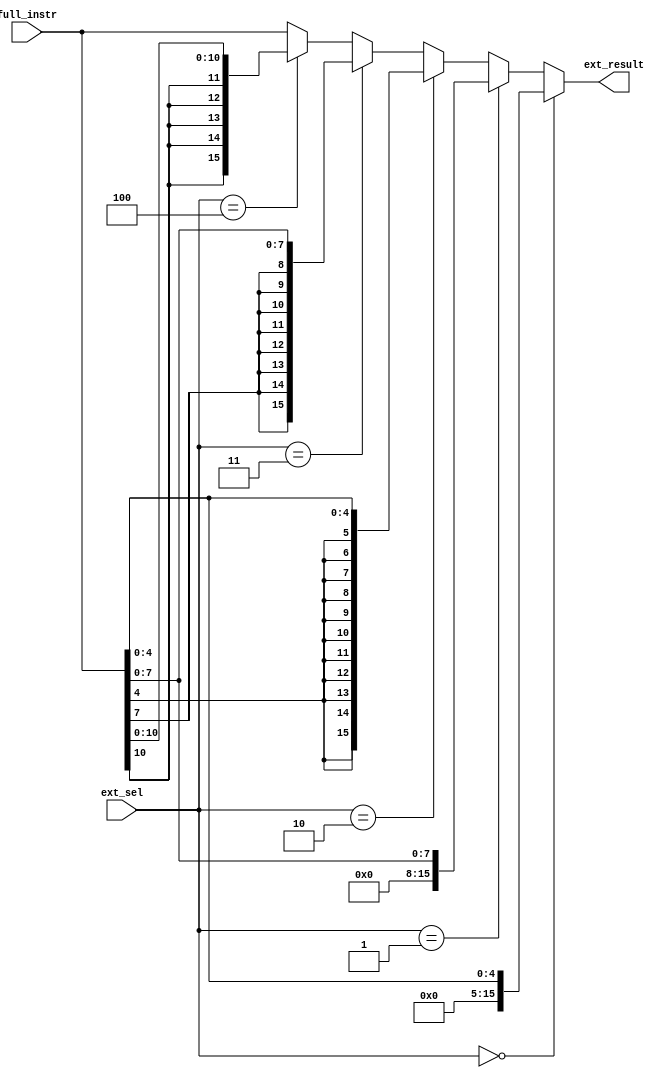
module extend(ext_sel, full_instr, ext_result);
input [2:0]ext_sel;
input [15:0]full_instr;
output [15:0] ext_result;

// 3'b000:zero extend for lowest 5 bits____LBI,SLBI
// 3'b001:zero extend for lowest 8 bits____XORI,ANDNI,
// 3'b010:signed extend for lowest 5 bits____BEQZ,BNEZ,BLTZ,BGEZ,JR,JALR
// 3'b011:signed extend for lowest 8 bits____ADDI,SUBI,LD,ST,STU
// 3'b100:signed extend for lowest 10 bits____J,JAL

assign ext_result= (ext_sel==3'b000)? {11'b0, full_instr[4:0]}://5 bits zero ext
                   (ext_sel==3'b001)? {8'b0, full_instr[7:0]}://8 bits zero ext
                   (ext_sel==3'b010)? {{11{full_instr[4]}}, full_instr[4:0]}://5 bits signed ext
                   (ext_sel==3'b011)? {{8{full_instr[7]}}, full_instr[7:0]}://8 bits signed ext
                   (ext_sel==3'b100)? {{5{full_instr[10]}}, full_instr[10:0]}://11 bits signed ext
                   full_instr;//10 bits signed extend


endmodule